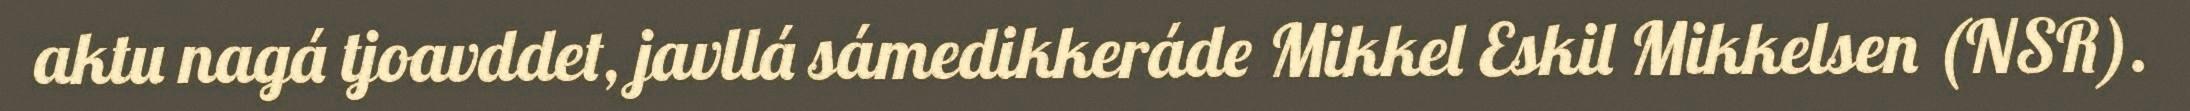
aktu nagá tjoavddet, javllá sámedikkeráde Mikkel Eskil Mikkelsen (NSR).